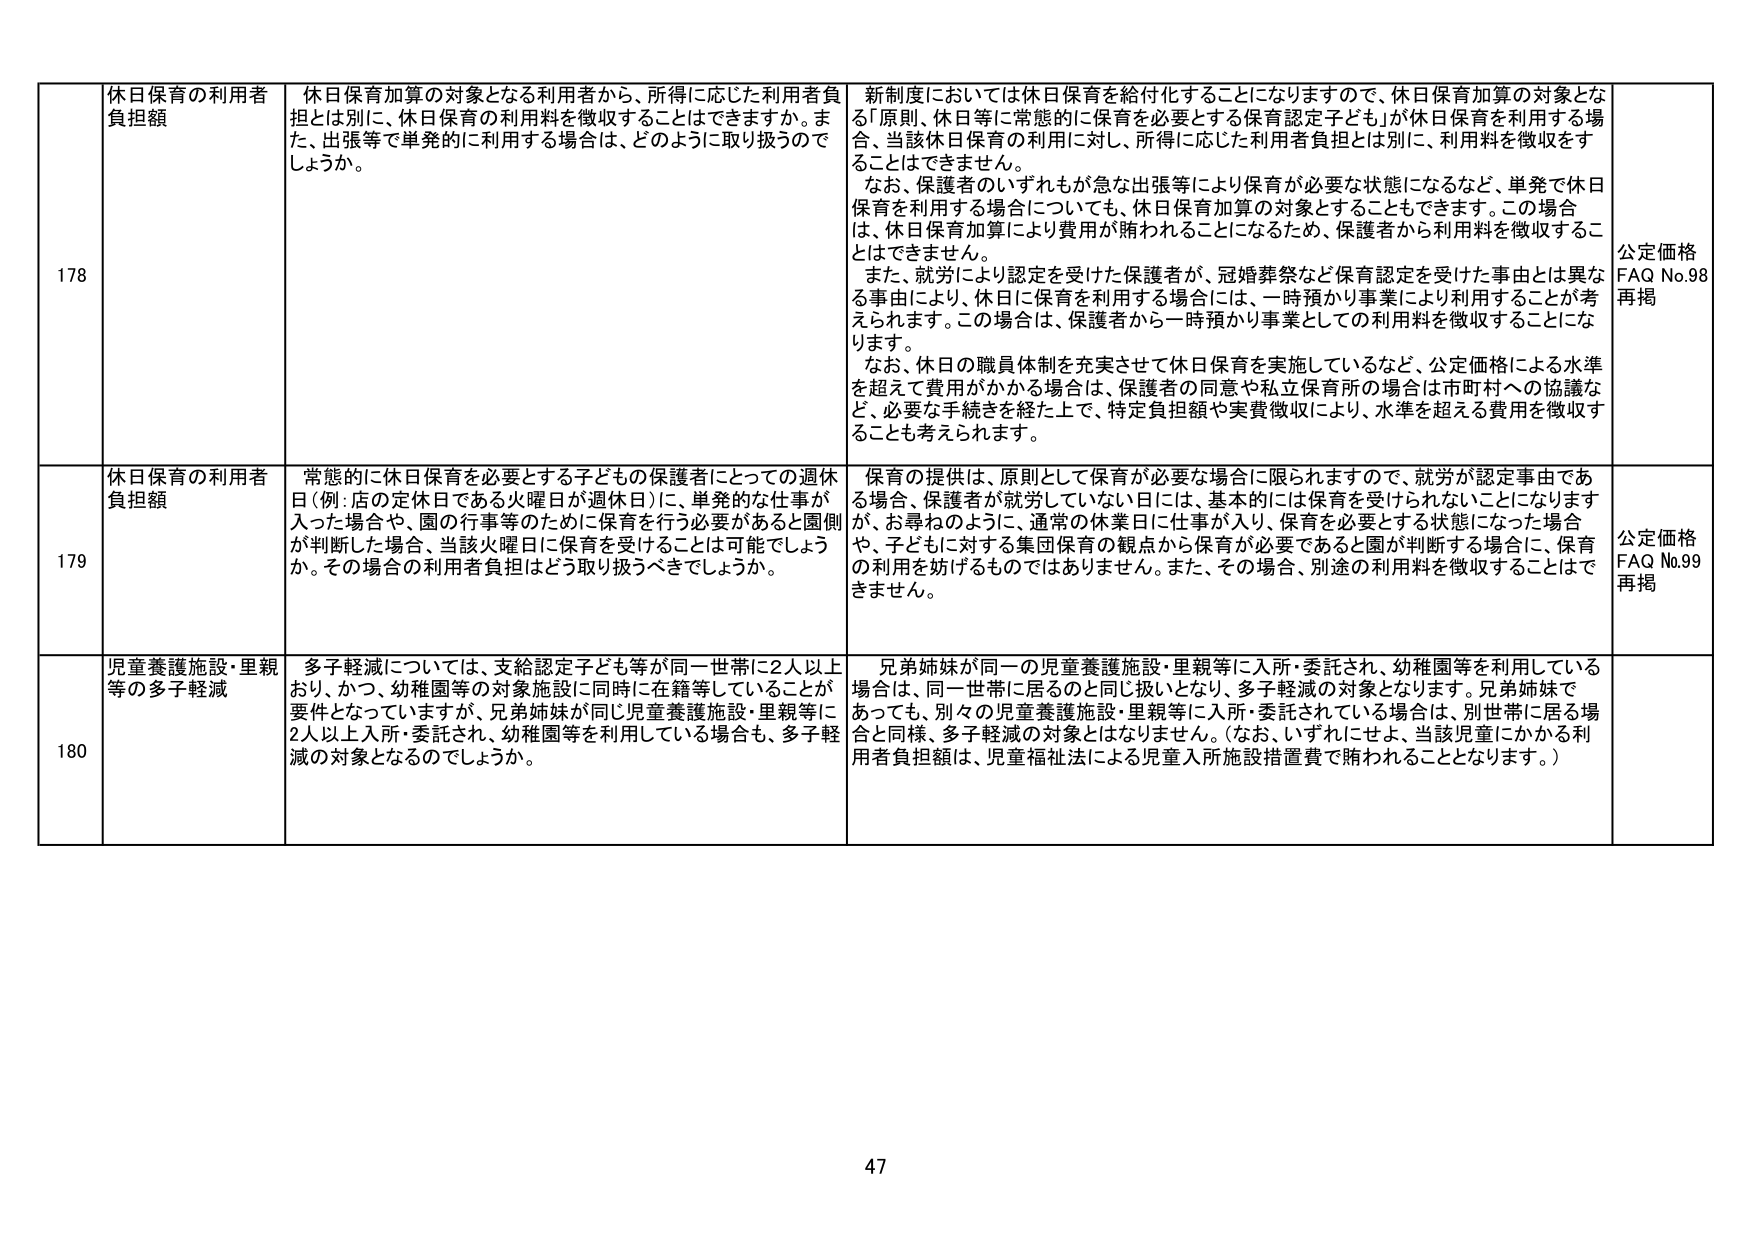
178 休日保育の利用者負担額 休日保育加算の対象となる利用者から、所得に応じた利用者負担とは別に、休日保育の利用料を徴収することはできますか。また、出張等で単発的に利用する場合は、どのように取り扱うのでしょうか。 新制度においては休日保育を給付化することになりますので、休日保育加算の対象となる「原則、休日等に常態的に保育を必要とする保育認定子ども」が休日保育を利用する場合、当該休日保育の利用に対し、所得に応じた利用者負担とは別に、利用料を徴収することはできません。 なお、保護者のいずれもが急な出張等により保育が必要な状態になるなど、単発で休日保育を利用する場合についても、休日保育加算の対象とすることもできます。この場合は、休日保育加算により費用が賄われることになるため、保護者から利用料を徴収することはできません。 また、就労により認定を受けた保護者が、冠婚葬祭など保育認定を受けた事由とは異なる事由により、休日に保育を利用する場合には、一時預かり事業により利用することが考えられます。この場合は、保護者から一時預かり事業としての利用料を徴収することになります。 なお、休日の職員体制を充実させて休日保育を実施しているなど、公定価格による水準を超えて費用がかかる場合は、保護者の同意や私立保育所の場合は市町村への協議など、必要な手続きを経た上で、特定負担額や実費徴収により、水準を超える費用を徴収することも考えられます。 公定価格 FAQ No.98 再掲

179 休日保育の利用者負担額 常態的に休日保育を必要とする子どもの保護者にとっての週休日（例：店の定休日である火曜日が週休日）に、単発的な仕事が入った場合や、園の行事等のために保育を行う必要があると園側が判断した場合、当該火曜日に保育を受けることは可能でしょうか。その場合の利用者負担はどう取り扱うべきでしょうか。 保育の提供は、原則として保育が必要な場合に限られますので、就労が認定事由である場合、保護者が就労していない日には、基本的には保育を受けられないことになりますが、お尋ねのように、通常の休業日に仕事が入り、保育を必要とする状態になった場合や、子どもに対する集団保育の観点から保育が必要であると園が判断する場合に、保育の利用を妨げるものではありません。また、その場合、別途の利用料を徴収することはできません。 公定価格 FAQ No.99 再掲

180 児童養護施設・里親等の多子軽減 多子軽減については、支給認定子ども等が同一世帯に2人以上おり、かつ、幼稚園等の対象施設に同時に在籍等していることが要件となっていますが、兄弟姉妹が同じ児童養護施設・里親等に2人以上入所・委託され、幼稚園等を利用している場合も、多子軽減の対象となるのでしょうか。 兄弟姉妹が同一の児童養護施設・里親等に入所・委託され、幼稚園等を利用している場合は、同一世帯に居るのと同じ扱いとなり、多子軽減の対象となります。兄弟姉妹であっても、別々の児童養護施設・里親等に入所・委託されている場合は、別世帯に居る場合と同様、多子軽減の対象とはなりません。（なお、いずれにせよ、当該児童にかかる利用者負担額は、児童福祉法による児童入所施設措置費で賄われることとなります。）

47